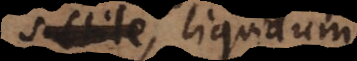
subtile, liquidum,